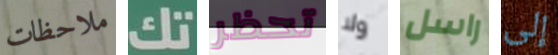
ملاحظات تك تحظر ولا راسل إلى